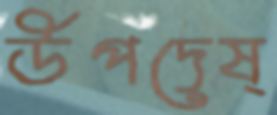
উপদেষ্